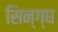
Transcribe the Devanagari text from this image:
सिन्ग्घ